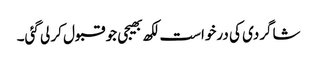
شاگردی کی درخواست لکھ بھیجی جو قبول کر لی گئی۔